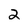
Character: 2